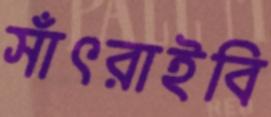
সাঁৎরাইবি